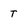
Character: T